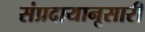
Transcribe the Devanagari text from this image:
संप्रदायानूसारी